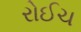
રોઈચ